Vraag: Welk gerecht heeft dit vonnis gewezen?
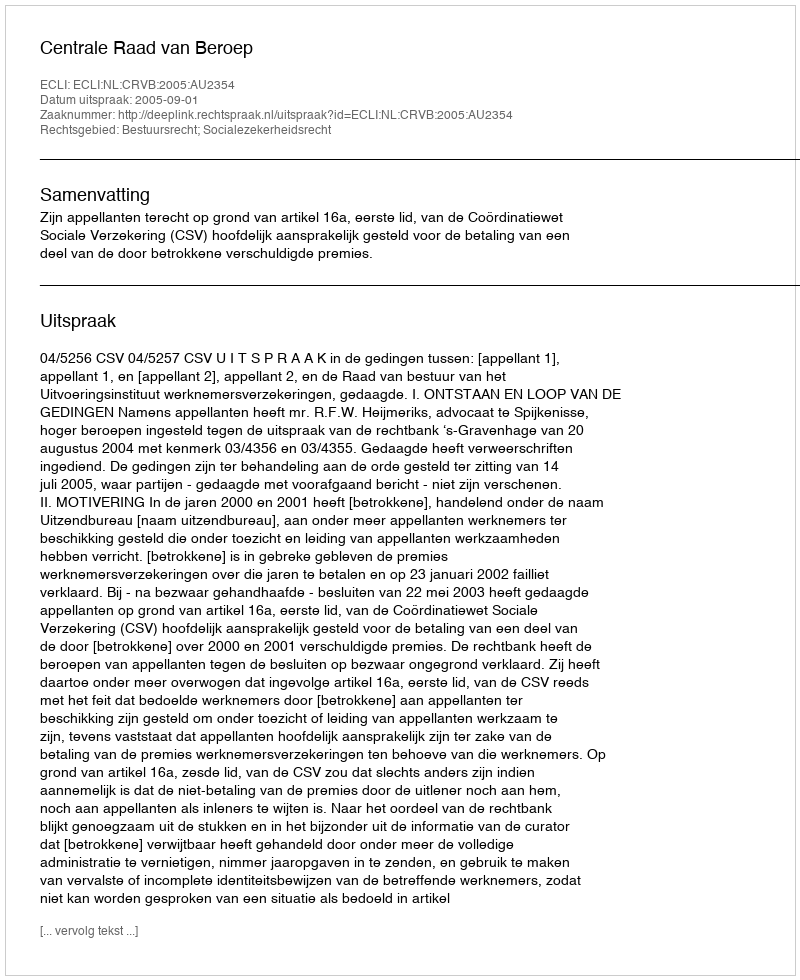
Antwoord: Centrale Raad van Beroep